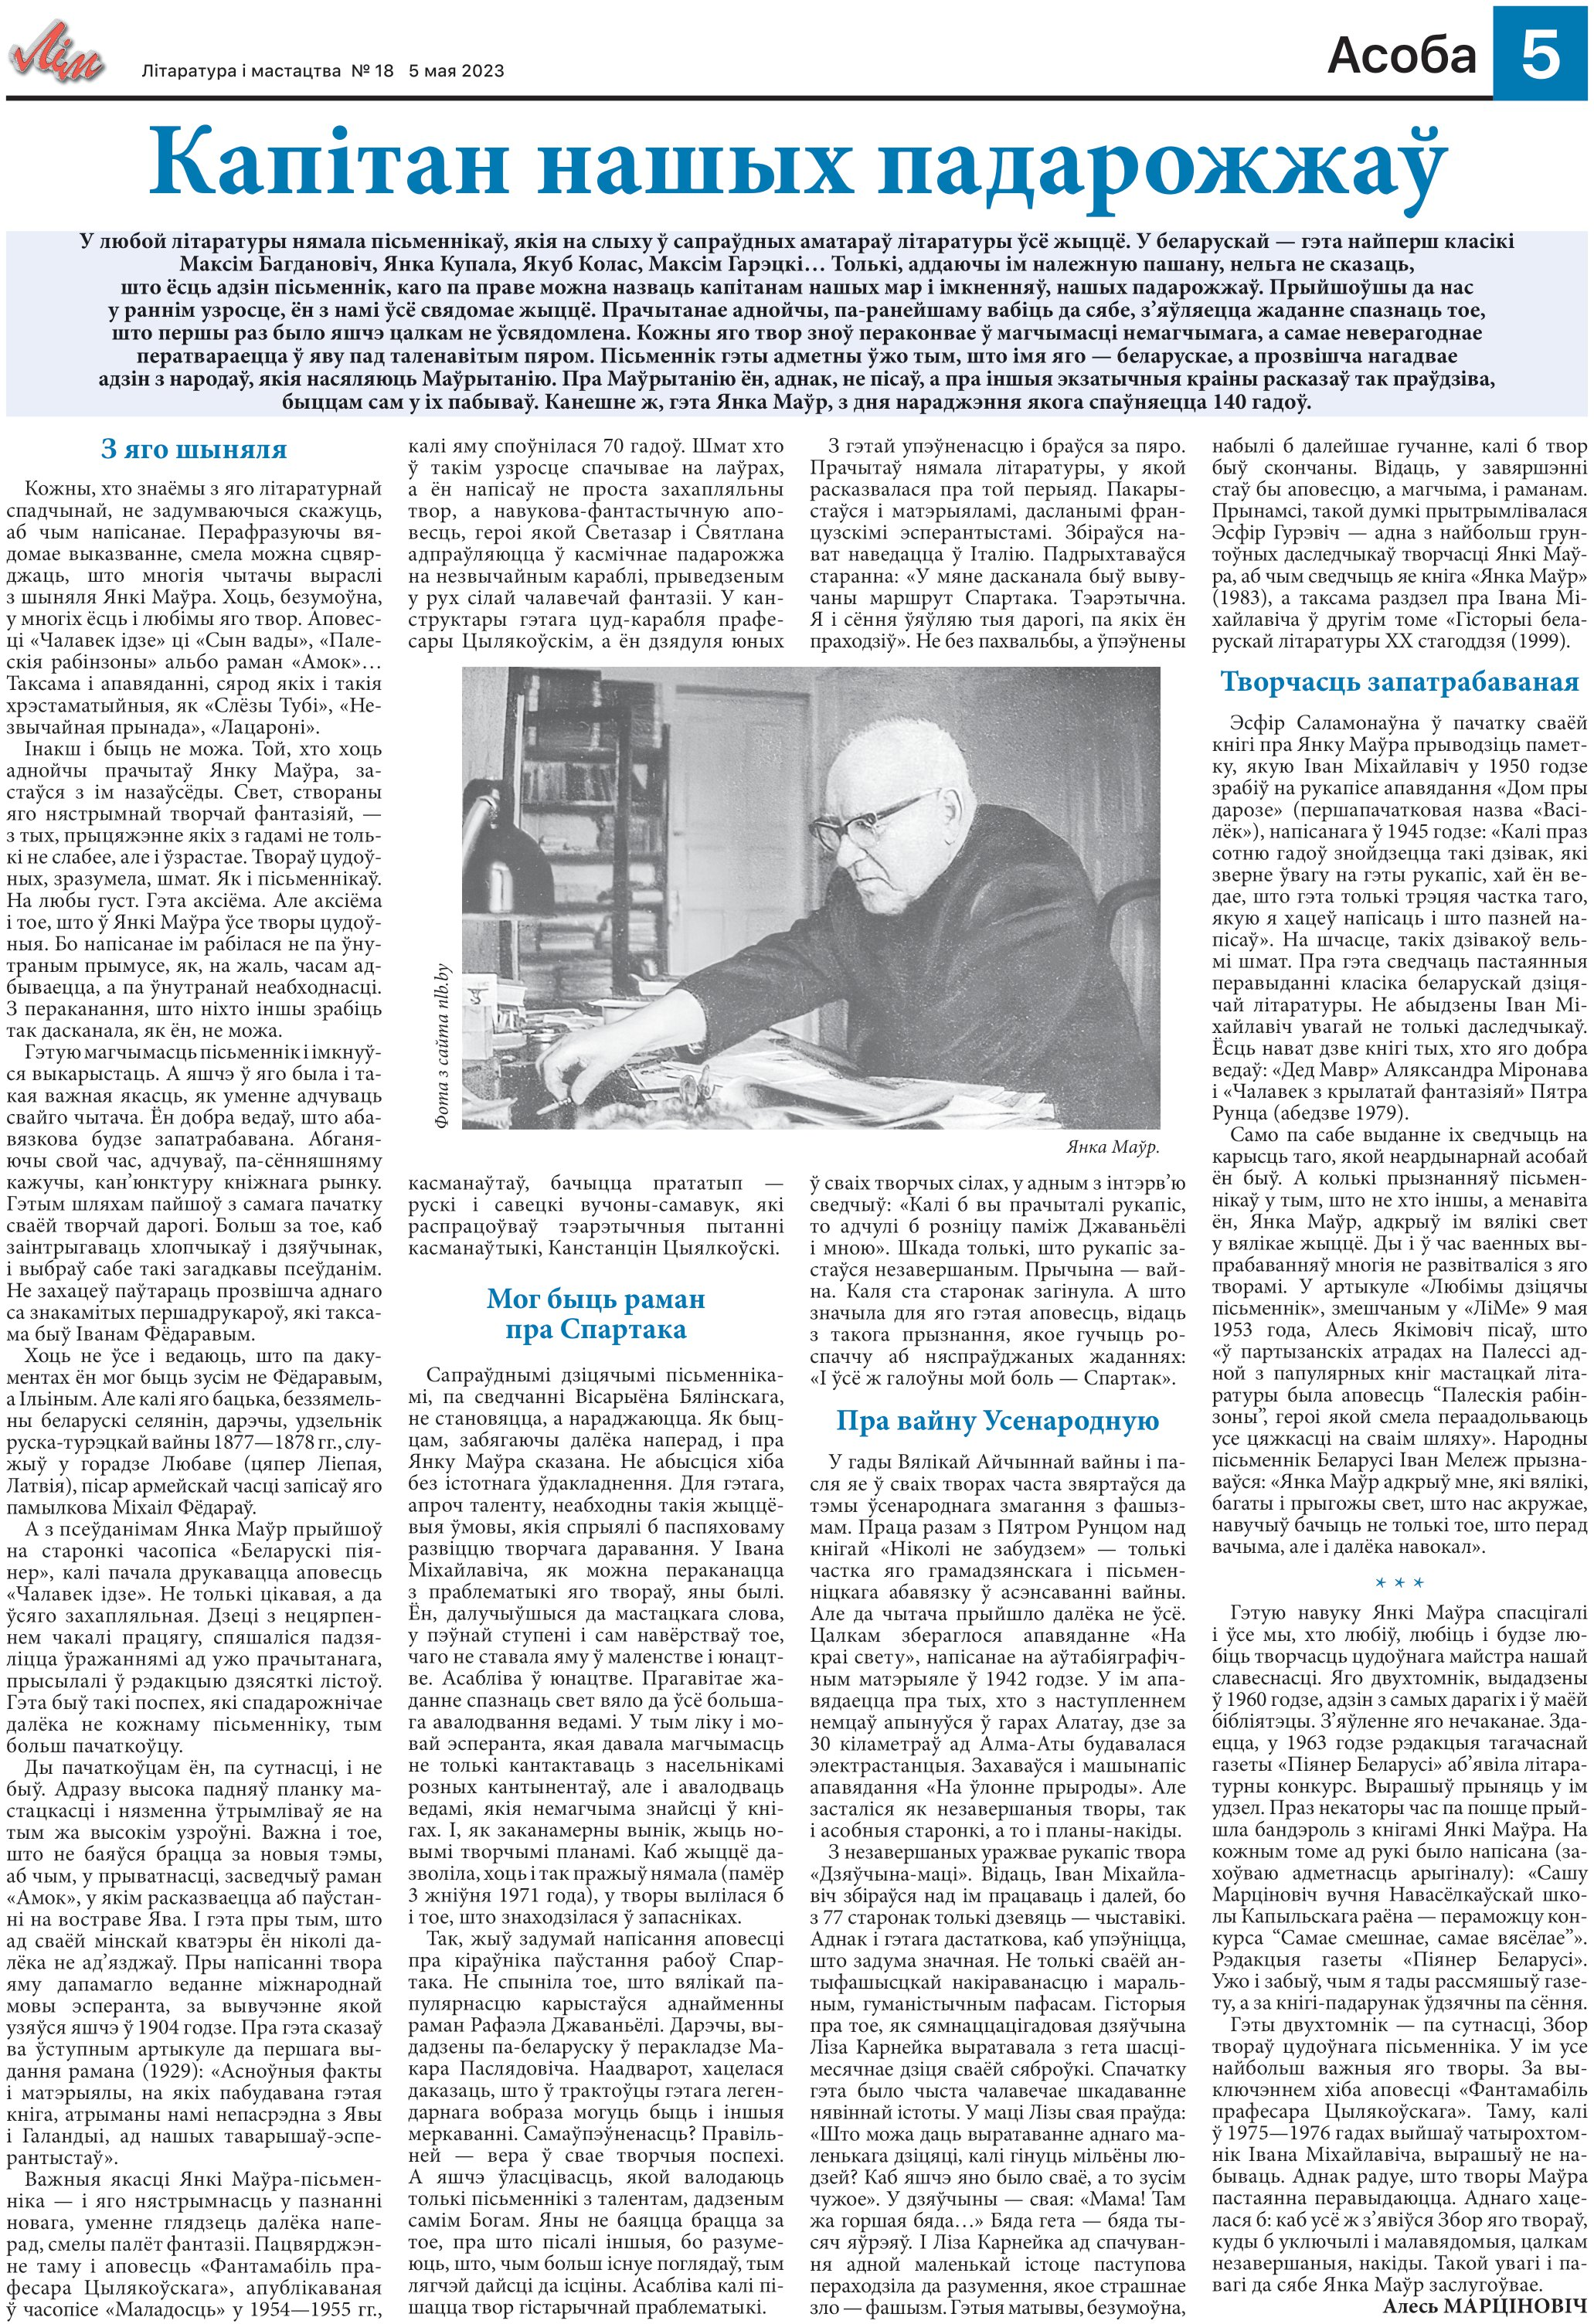
Language: be